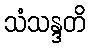
သံသန္ဒတိ